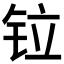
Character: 𫟷